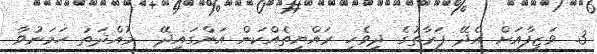
3. ވަޒީފާއަށް އެދޭ ފަރާތުގެ ދިވެހި ރައްޔިތެއްކަން އަންގައިދޭ  މުއްދަތު ހަމަނުވާ